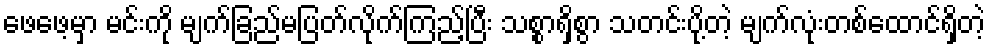
ဖေဖေ့မှာ မင်းကို မျက်ခြည်မပြတ်လိုက်ကြည့်ပြီး သစ္စာရှိစွာ သတင်းပို့တဲ့ မျက်လုံးတစ်ထောင်ရှိတဲ့